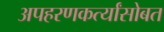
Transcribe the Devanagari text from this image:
अपहरणकर्त्यांसोबत